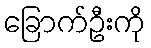
ခြောက်ဦးကို